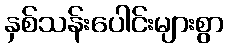
နှစ်သန်းပေါင်းများစွာ